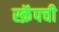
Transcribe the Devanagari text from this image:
स्क्रॅपची